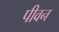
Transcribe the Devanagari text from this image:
पीवन